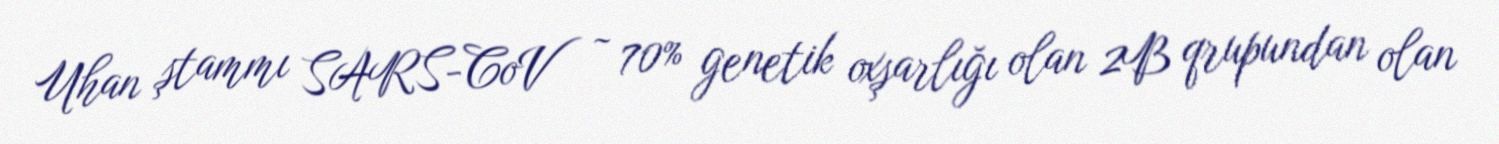
Uhan ştammı SARS-CoV ~ 70% genetik oxşarlığı olan 2B qrupundan olan